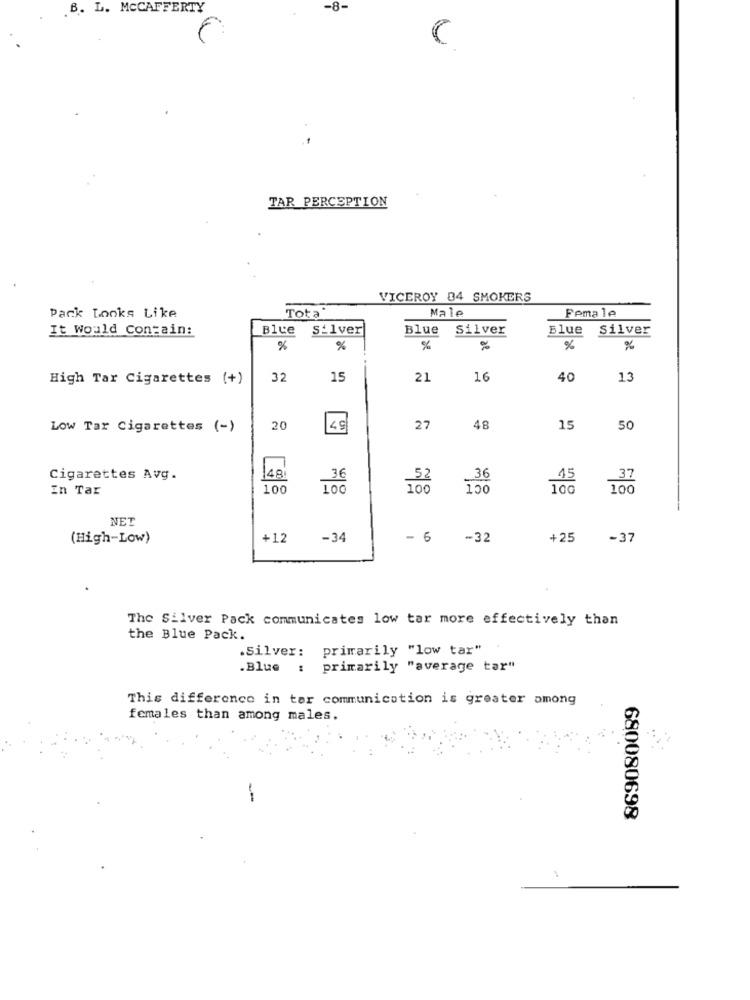
.B. L. MCCAFFERTY
-8-
TAR PERCEPTION
VICEROY 04 SMOKERS
Tota"
Male
Female
Pack Looks Like
It Would Contain:
Blue
silver
Blue
Silver
Blue
Silver
%
%
%
%
%
%
High Tar Cigarettes (+)
32
15
21
16
40
13
Low Tar Cigarettes (-)
20
49
27
48
15
50
Cigarettes Avg.
148
36
52
36
15
37
In Tar
100
100
150
100
NET
(High-Low)
+12
-34
- 6
-32
+25
-37
The Silver Pack communicates low tar more effectively than
the Blue Pack.
.Silver: primarily "low tar"
.Blue : primarily "average tar"
This difference in tar communication is greater among
females than among males,
--
680080698